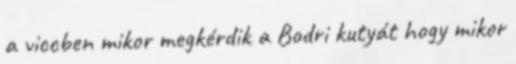
a viccben mikor megkérdik a Bodri kutyát hogy mikor